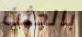
بالجثث